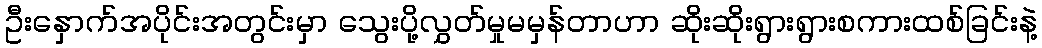
ဦးနှောက်အပိုင်းအတွင်းမှာ သွေးပို့လွှတ်မှုမမှန်တာဟာ ဆိုးဆိုးရွားရွားစကားထစ်ခြင်းနဲ့